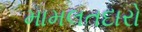
મામલતદારો